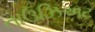
તાઉઝિઅટ